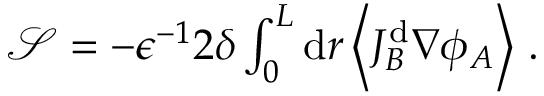
\begin{array} { r } { \mathcal { S } = - \epsilon ^ { - 1 } 2 \delta \int _ { 0 } ^ { L } \mathrm { d } r \left\langle J _ { B } ^ { \mathrm { d } } \nabla \phi _ { A } \right\rangle \, . } \end{array}